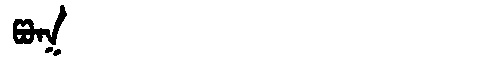
Manchu: ᡦᠣᡴ
Romanization: POK